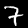
Digit: 7